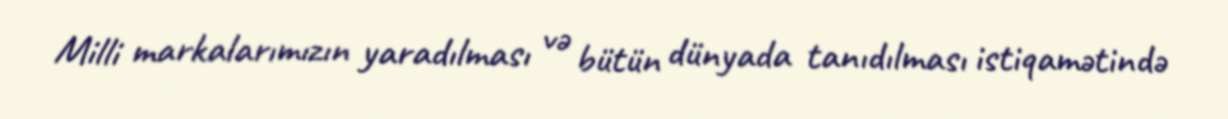
Milli markalarımızın yaradılması və bütün dünyada tanıdılması istiqamətində